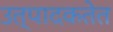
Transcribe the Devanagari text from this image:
उत्पादकतेत